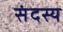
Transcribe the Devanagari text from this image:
संदस्य